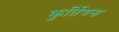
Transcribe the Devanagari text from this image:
कुर्तियस